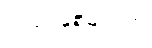
ယခင်နှစ်များက